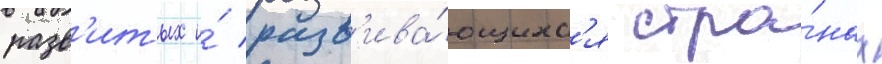
разв'итых и́ разв'ива́ющихс'я стра́нах